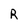
Character: R